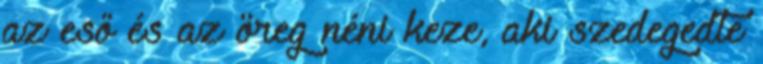
az eső és az öreg néni keze, aki szedegedte